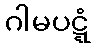
ဂါမပဋ္ဋံ